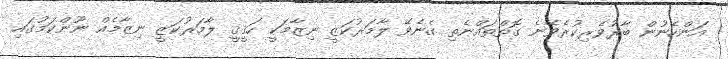
އަންހެނުން ބާރުވެރިކުރެވޭނެ ގޮތްތައްނެތި ގެނެވޭ ލާމަރުކަޒީ ނިޒާމަކީ ހަޤީޤީ ލާމަރުކަޒީ ނިޒާމެއް ނޫންކަމުގައި